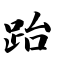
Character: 跆